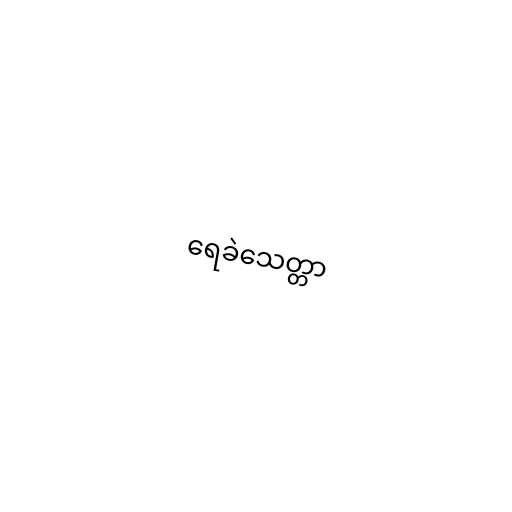
ရေခဲသေတ္တာ